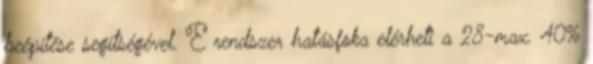
beépítése segítségével. E rendszer hatásfoka elérheti a 28-max. 40%